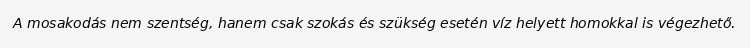
A mosakodás nem szentség, hanem csak szokás és szükség esetén víz helyett homokkal is végezhető.